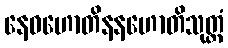
နေဝဟောတိနနဟောတိသုတ္တံ